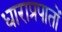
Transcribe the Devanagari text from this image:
धाराप्रपातों